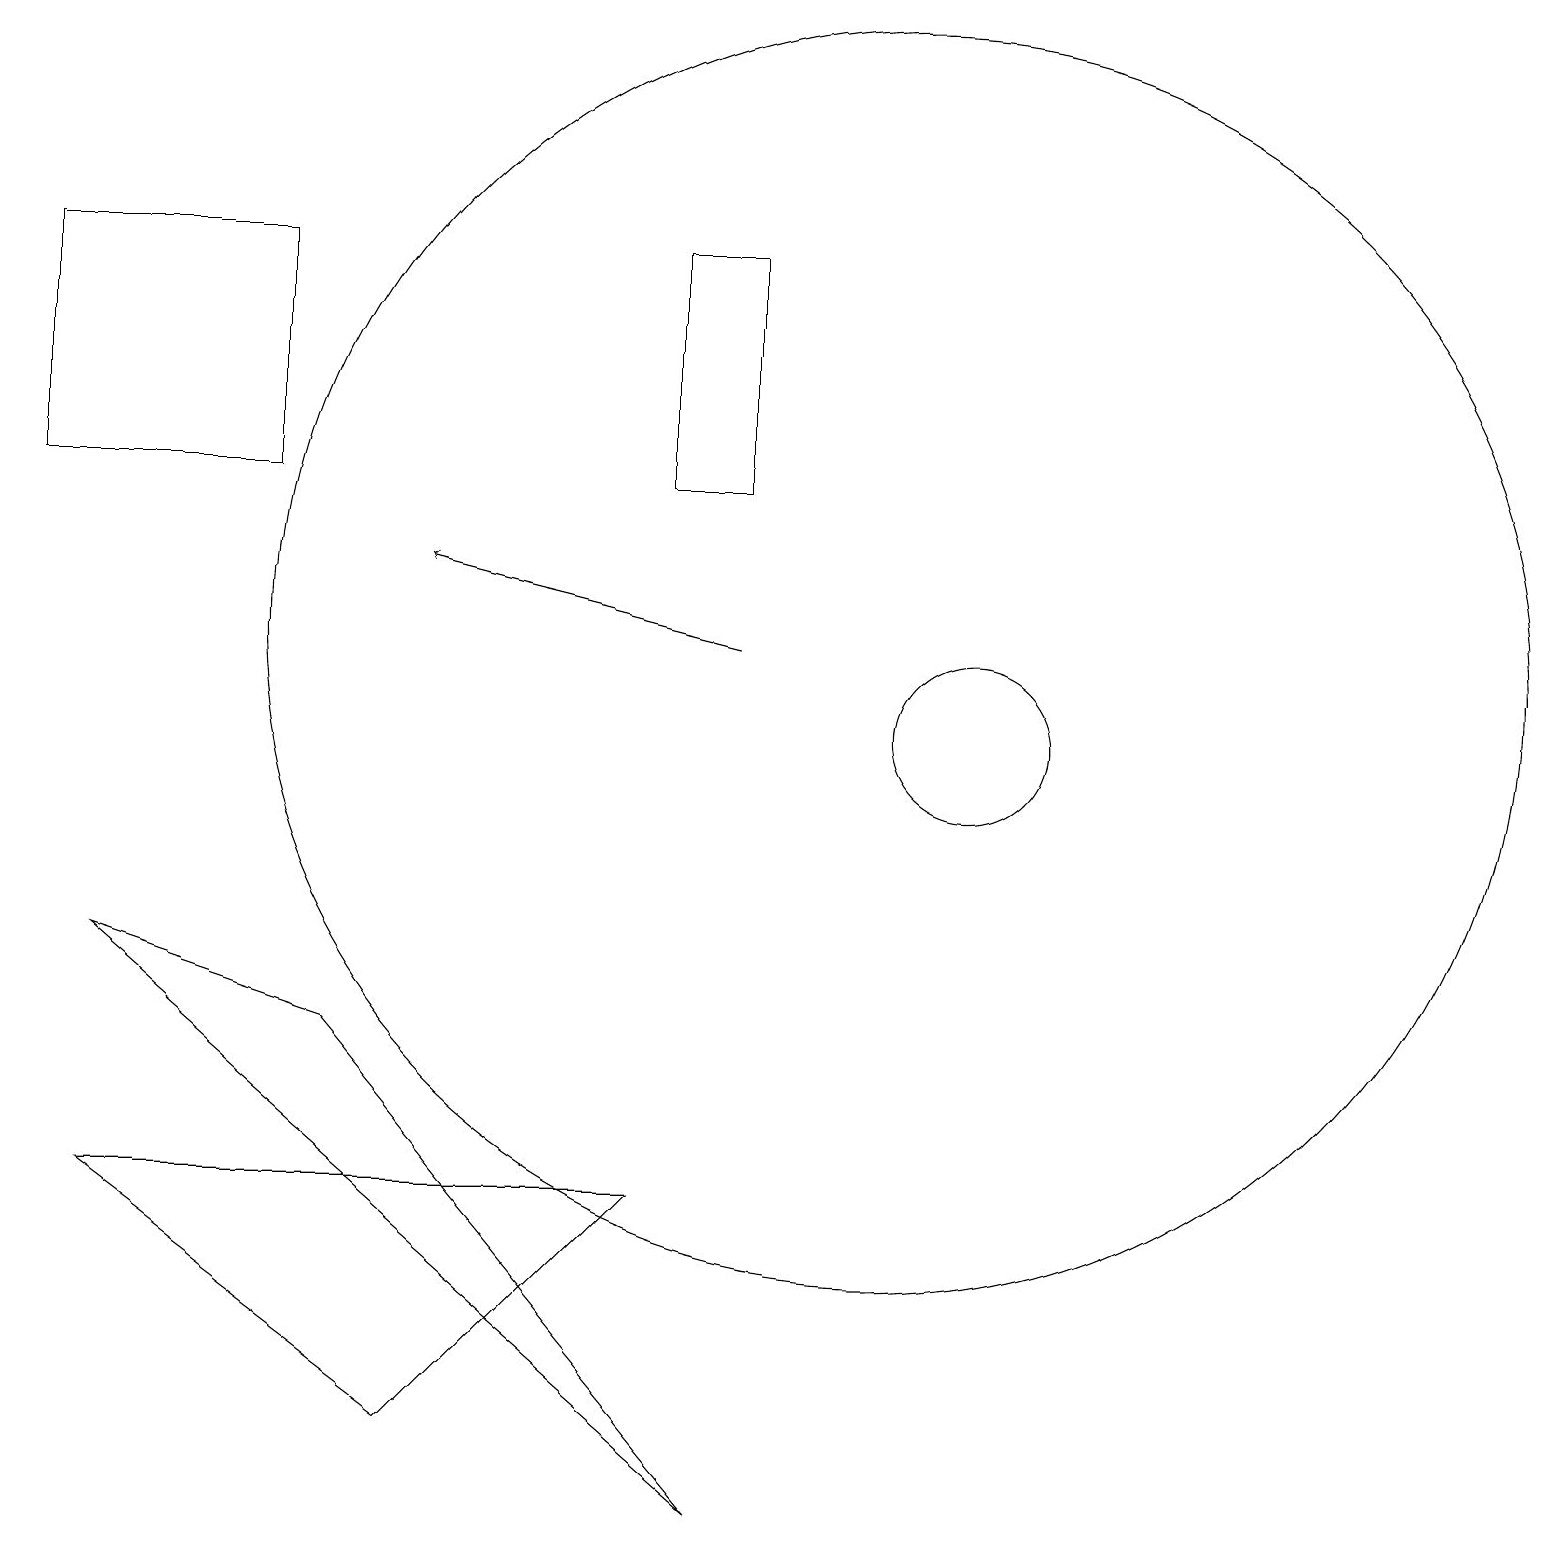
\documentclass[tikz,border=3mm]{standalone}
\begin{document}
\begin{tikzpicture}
\draw (11,12) circle (8);
\draw (9,14) rectangle (8,17);
\draw (12,11) circle (1);
\draw[->] (9,12) -- (5,13);
\draw (0,14) rectangle (3,17);
\draw (9,1) -- (4,7) -- (1,8) -- cycle;
\draw (8,5) -- (5,2) -- (1,5) -- cycle;
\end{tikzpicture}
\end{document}